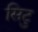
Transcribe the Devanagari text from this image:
सिटु